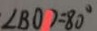
\angle B O D = 8 0 ^ { \circ }